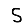
Digit: 5